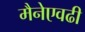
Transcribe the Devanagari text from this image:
मैनेएवढी